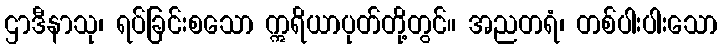
ဌာဒီနာသု၊ ရပ်ခြင်းစသော ဣရိယာပုတ်တို့တွင်။ အညတရံ၊ တစ်ပါးပါးသော